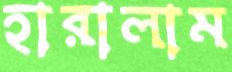
হারালাম